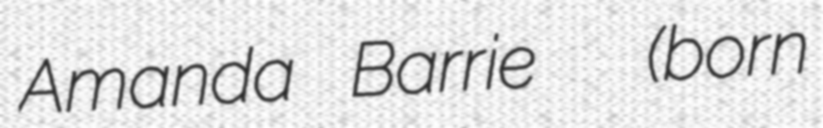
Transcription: Amanda Barrie  (born